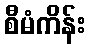
စီမံကိန်း